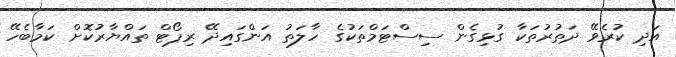
އަދި ކުރެވޭ ދަތުރުތަކާ ގުޅިގެން ސިސްޓަމްތަކުގެ ހާލަތު އަންގައިދޭ ރިޕޯޓް ތައްޔާރުކޮށް ކަމާބެހޭ